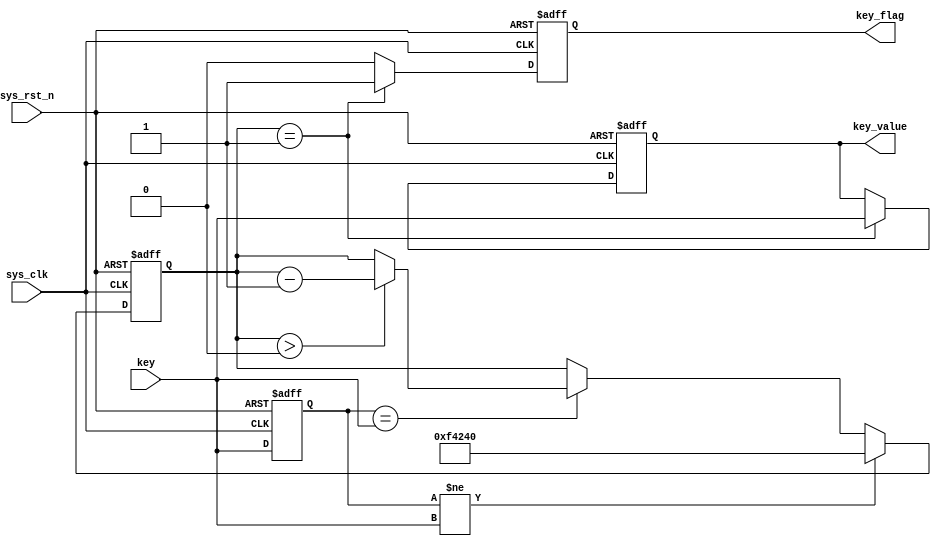
//****************************************Copyright (c)***********************************//
//www.openedv.com
//http://openedv.taobao.com 
//""FPGA & STM32
//
//Copyright(C)  2018-2028
//All rights reserved	                               
//----------------------------------------------------------------------------------------
// File name:           key_debounce
// Last modified Date:  2018/4/24 9:56:36
// Last Version:        V1.1
// Descriptions:        
//----------------------------------------------------------------------------------------
// Created by:          
// Created date:        2018/3/29 10:55:56
// Version:             V1.0
// Descriptions:        The original version
//
//----------------------------------------------------------------------------------------
// Modified by:		    
// Modified date:	    2018/4/24 9:56:36
// Version:			    V1.1
// Descriptions:	    
//
//----------------------------------------------------------------------------------------
//****************************************************************************************//

module key_debounce(
    input            sys_clk,          //50M
    input            sys_rst_n,        //
    
    input      [3:0] key,              //
    
    output reg       key_flag,         //
    output reg [3:0] key_value         //
    );

//reg define    
reg [31:0] delay_cnt;
reg [ 3:0] key_reg;

//*****************************************************
//**                    main code
//*****************************************************
always @(posedge sys_clk or negedge sys_rst_n) begin 
    if (!sys_rst_n) begin 
        key_reg   <= 4'b1111;
        delay_cnt <= 32'd0;
    end
    else begin
        key_reg <= key;
        if(key_reg != key)             //()
            delay_cnt <= 32'd1000000;  //20ms
        else if(key_reg == key) begin  //20ms
                 if(delay_cnt > 32'd0)
                     delay_cnt <= delay_cnt - 1'b1;
                 else
                     delay_cnt <= delay_cnt;
             end           
    end   
end

always @(posedge sys_clk or negedge sys_rst_n) begin 
    if (!sys_rst_n) begin 
        key_flag  <= 1'b0;
        key_value <= 4'b1111;          
    end
    else begin
        if(delay_cnt == 32'd1) begin   //120ms
            key_flag  <= 1'b1;         //
            key_value <= key;          //
        end
        else begin
            key_flag  <= 1'b0;
            key_value <= key_value; 
        end  
    end   
end
    
endmodule